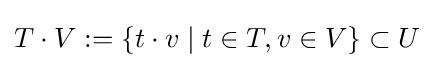
T\cdot V:=\{t\cdot v\mid t\in T,v\in V\}\subset U